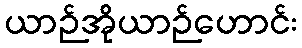
ယာဉ်အိုယာဉ်ဟောင်း